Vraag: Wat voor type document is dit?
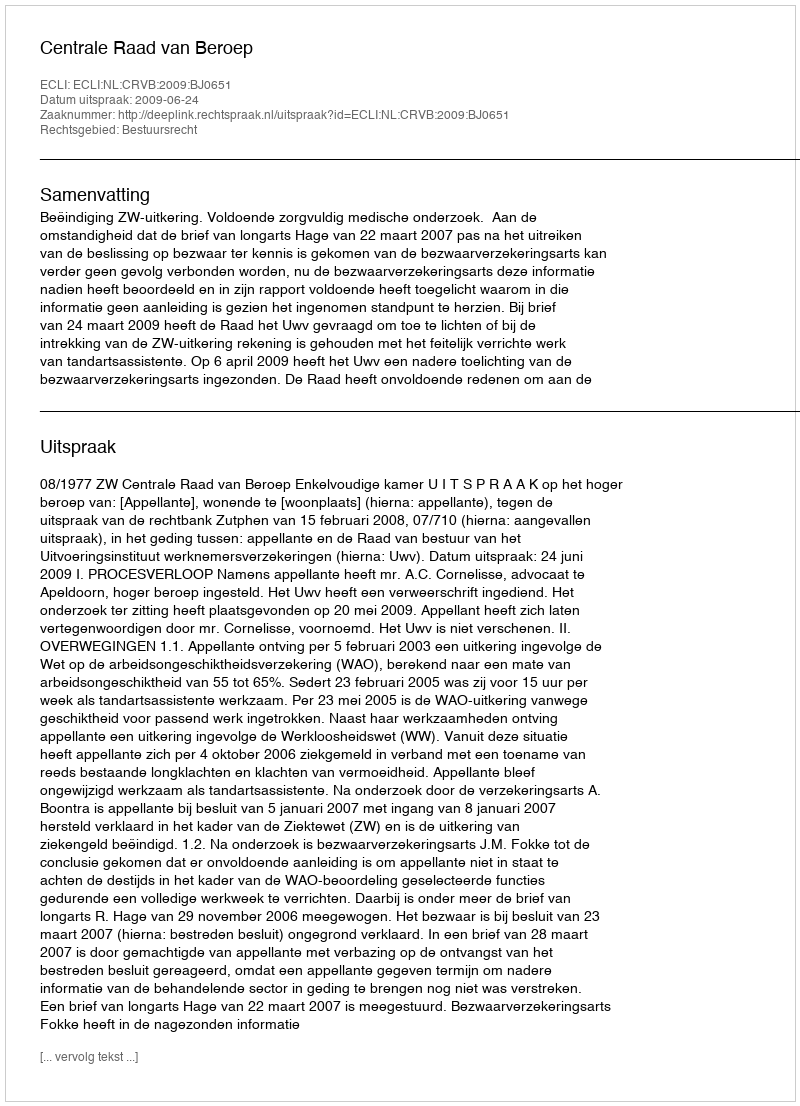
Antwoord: Uitspraak